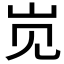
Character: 𱛊